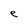
Character: e